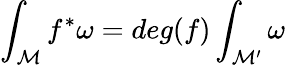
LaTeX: \int_{\mathcal M}f^{*}\omega=deg(f)\int_{{\mathcal M}^{\prime}}\omega